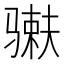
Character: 𬴇